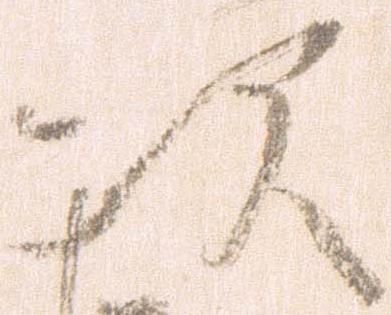
次